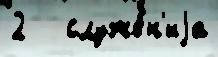
2   служе́н'иjа